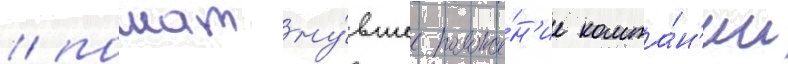
/ пошатну́вшее положе́н'ие компа́н'ии